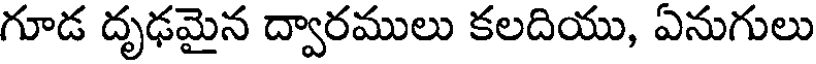
గూడ దృఢమైన ద్వారములు కలదియు, ఏనుగులు